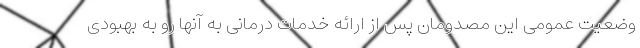
وضعیت عمومی این مصدومان پس از ارائه خدمات درمانی به آنها رو به بهبودی